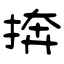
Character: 捹